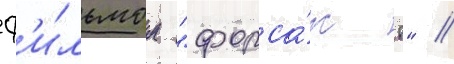
ф'и́льмом "форса́ж 8" //